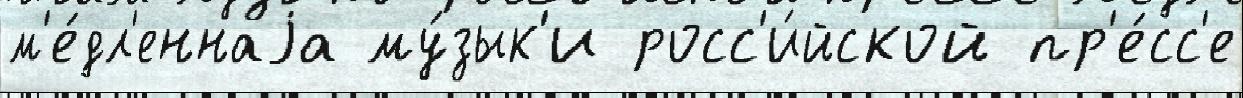
м'е́дл'еннаjа му́зык'и росс'и́йской пр'е́сс'е